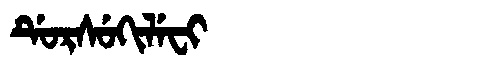
Manchu: ᡩᡠᡵᠰᡠᡴᡳᠯᡝᠸᡳ
Romanization: DURSUKILEFI